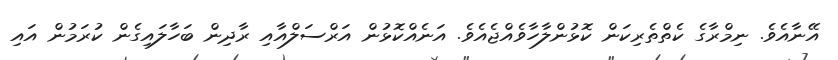
އޭނާއެވެ. ނިމްރާގެ ކެތްތެރިކަން ކޮޅުންލާހާވެއްޖެއެވެ. އަނެއްކޮޅުން އަރްސަލްއާއި ރާދިން ބަހާލައިގެން ކުރަމުން އައި